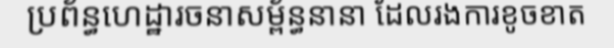
ប្រព័ន្ធហេដ្ឋារចនាសម្ព័ន្ធនានា ដែលរងការខូចខាត